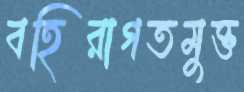
বহিরাগতমুক্ত